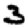
Digit: 3